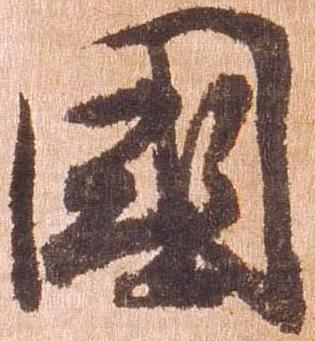
国